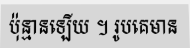
ប៉ុន្មានឡើយ ។ រូបគេមាន